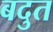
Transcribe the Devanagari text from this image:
बदुत